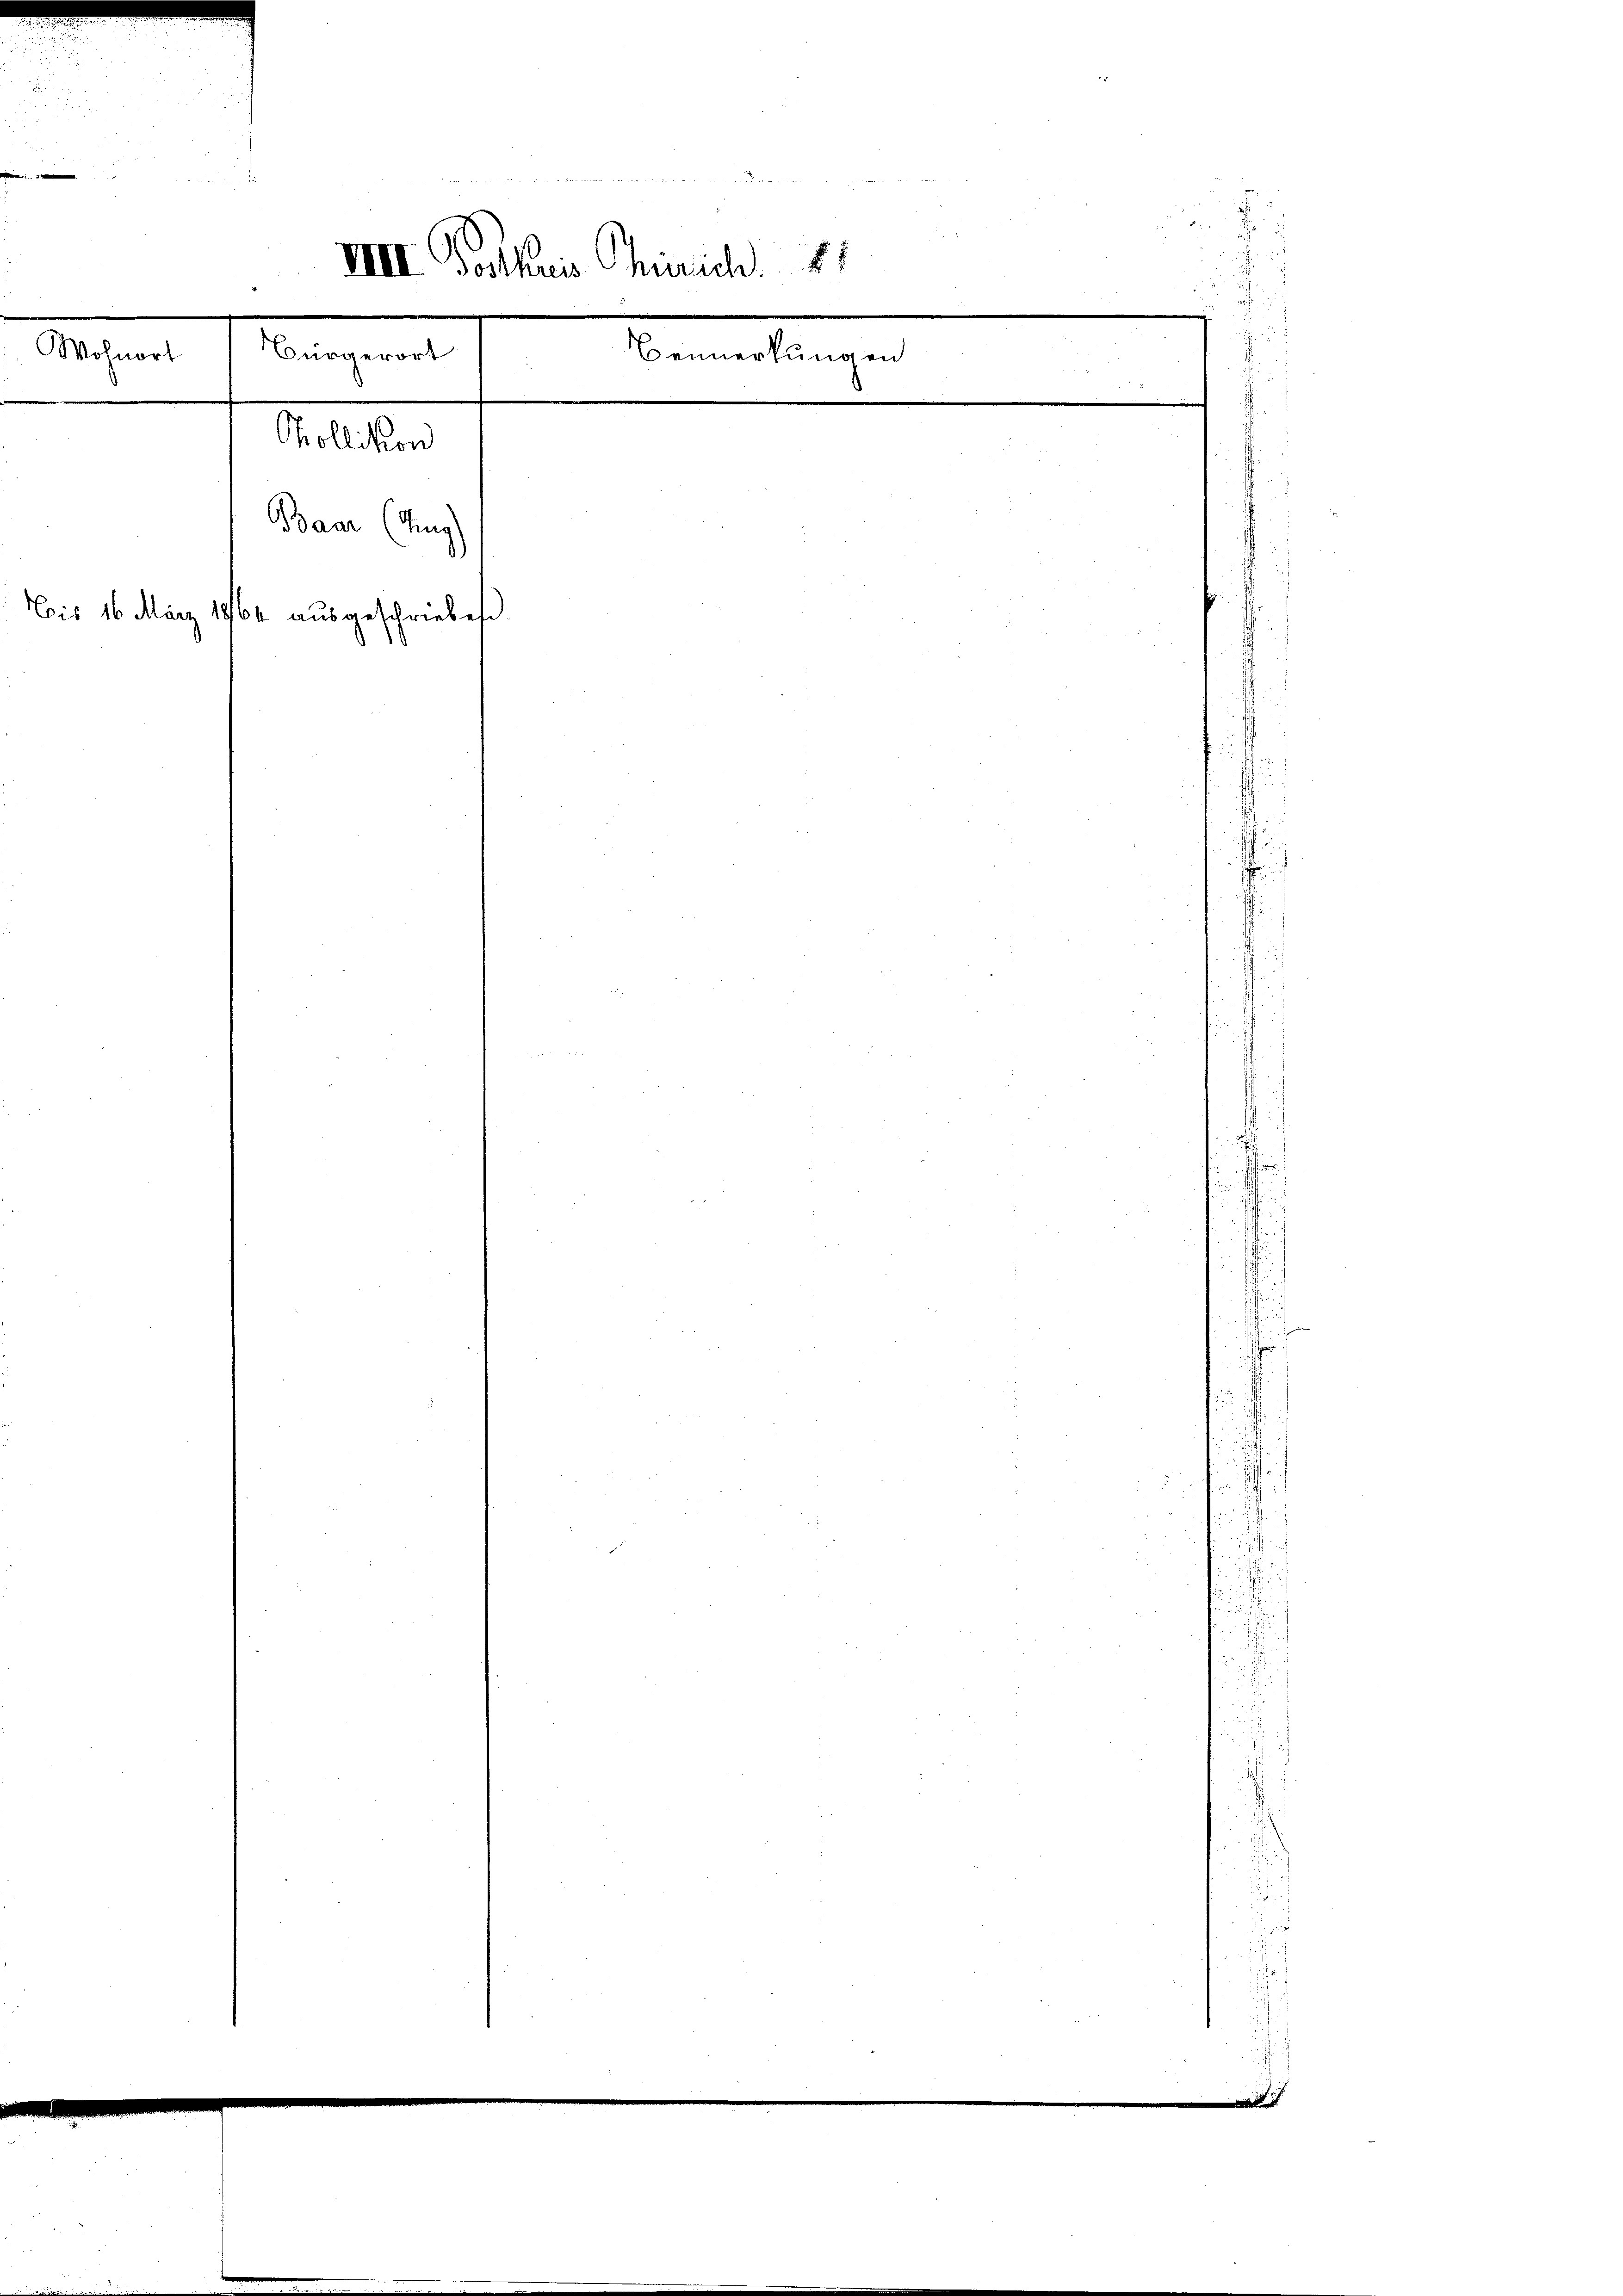
i
n
.

 f 0 x
f

m

n
e
u
VIII. Postkuis Thürich
2
Wohnort
Bürgerort
Bemerkungen

Chöllikon
Baar (Zug

Eis 16. März 1864 ausgeschriebes

.
dur zu